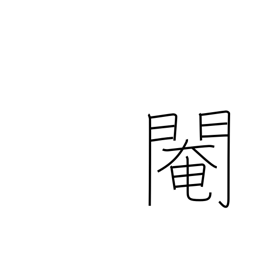
Meaning: eunuch